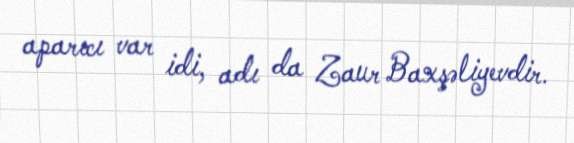
aparıcı var idi, adı da Zaur Baxşəliyevdir.